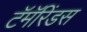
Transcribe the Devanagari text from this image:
टॅमॅरिंडस